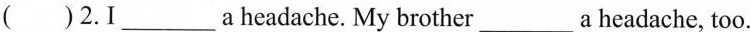
( )2.1___a headache. My brother___a headache, too.